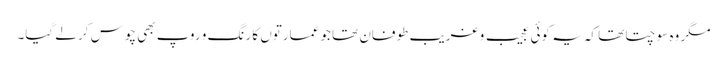
مگر وہ سوچتا تھا کہ یہ کوئی عجیب و غریب طوفان تھا جو عمارتوں کا رنگ و روپ بھی چوس کر لے گیا۔